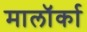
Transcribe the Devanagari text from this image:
मालॉर्का